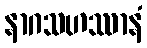
နာဂသဟဿာနံ